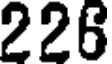
226